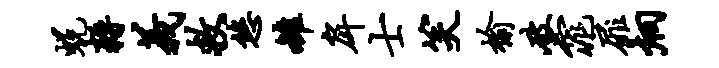
蜕耨义救悠雒戽士笑榆破窕扉炯